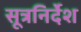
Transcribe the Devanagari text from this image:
सूत्रनिर्देश